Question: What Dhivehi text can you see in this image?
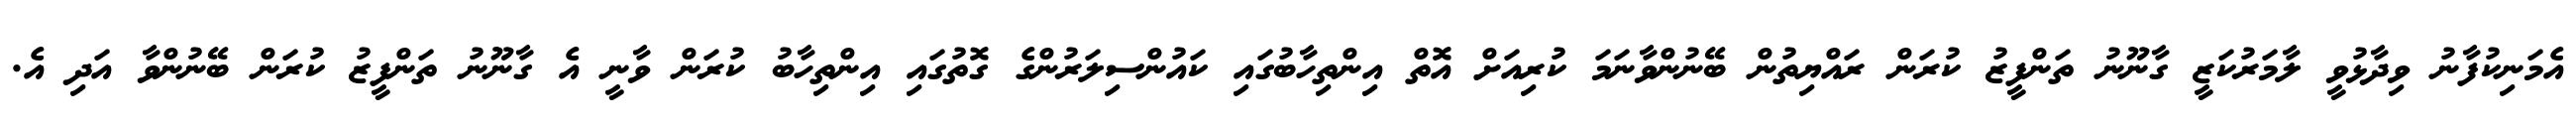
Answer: އެމަނިކުފާނު ވިދާޅުވީ ލާމަރުކަޒީ ގާނޫނު ތަންފީޒު ކުރަން ރައްޔިތުން ބޭނުންވާނަމަ ކުރިއަށް އޮތް އިންތިހާބުގައި ކައުންސިލަރުންގެ ގޮތުގައި އިންތިހާބު ކުރަން ވާނީ އެ ގާނޫނު ތަންފީޒު ކުރަން ބޭނުންވާ އަދި އެ.